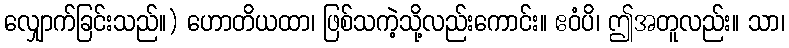
လျှောက်ခြင်းသည်။) ဟောတိယထာ၊ ဖြစ်သကဲ့သို့လည်းကောင်း။ ဧဝံပိ၊ ဤအတူလည်း။ သာ၊